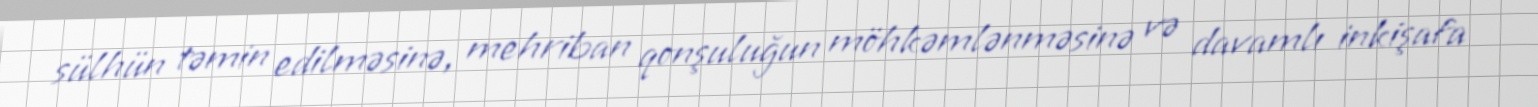
sülhün təmin edilməsinə, mehriban qonşuluğun möhkəmlənməsinə və davamlı inkişafa